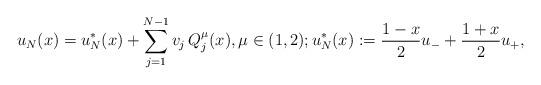
LaTeX: \begin{align*}u_N(x)=u_N^*(x)+\sum_{j=1}^{N-1} v_j\, Q_j^\mu(x),\mu\in (1,2); u_N^*(x):=\frac{1-x} 2 u_-+\frac{1+x} 2 u_+, \end{align*}